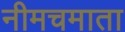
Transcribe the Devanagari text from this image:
नीमचमाता